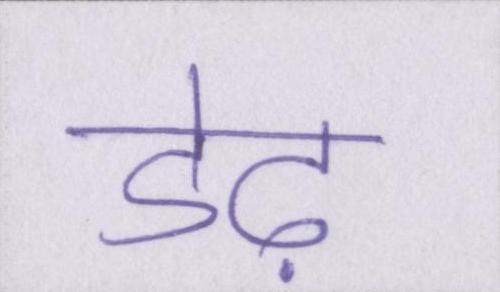
डेढ़